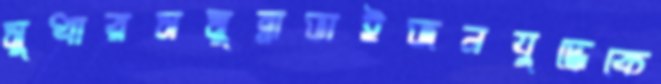
সুধারসমুন্নাভাইজনযুদ্ধেকে